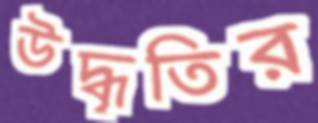
উদ্ধৃতির